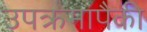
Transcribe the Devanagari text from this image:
उपक्रमांपैकी